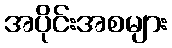
အပိုင်းအစများ